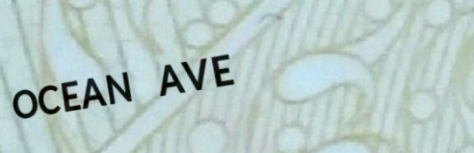
OCEAN AVE